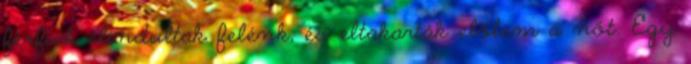
férfiak elindultak felénk, és eltakarták előlem a nőt. Egy